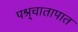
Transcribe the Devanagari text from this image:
पश्र्चातापात